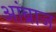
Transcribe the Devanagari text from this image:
आंब्राज